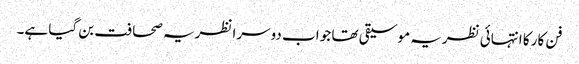
فن کار کا انتہائی نظریہ موسیقی تھا جو اب دوسرا نظریہ صحافت بن گیا ہے۔